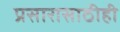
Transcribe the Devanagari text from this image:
प्रसारासाठीही